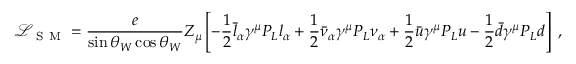
\mathcal { L } _ { \mathrm { ~ S ~ M ~ } } = \frac { e } { \sin \theta _ { W } \cos \theta _ { W } } Z _ { \mu } \left[ - \frac { 1 } { 2 } \bar { l } _ { \alpha } \gamma ^ { \mu } P _ { L } l _ { \alpha } + \frac { 1 } { 2 } \bar { \nu } _ { \alpha } \gamma ^ { \mu } P _ { L } \nu _ { \alpha } + \frac { 1 } { 2 } \bar { u } \gamma ^ { \mu } P _ { L } u - \frac { 1 } { 2 } \bar { d } \gamma ^ { \mu } P _ { L } d \right] \; ,